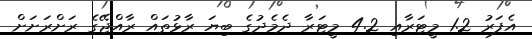
އެފަރު 1.2 މީޓަރާއި 4.2 މީޓަރާ ދެމެދުގެ ބިޔަ ރާޅުތައް ރާއްޖޭގެ ރަށްރަށަށް